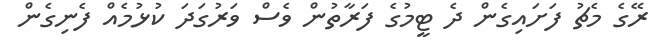
ރޭގެ މެޗު ފަށައިގެން ދެ ޓީމުގެ ފަރާތުން ވެސް ވަރުގަދަ ކުޅުމެއް ފެނިގެން